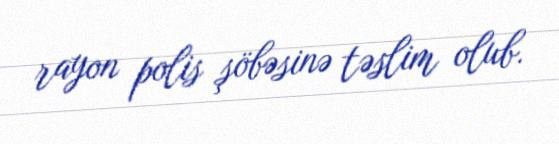
rayon polis şöbəsinə təslim olub.